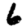
Digit: 6